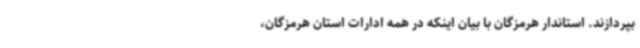
بپردازند. استاندار هرمزگان با بیان اینکه در همه ادارات استان هرمزگان،